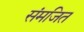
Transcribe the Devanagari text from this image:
संमजित